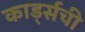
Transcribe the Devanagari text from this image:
कार्ड्सची